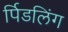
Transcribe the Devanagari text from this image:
र्पिडलिंग